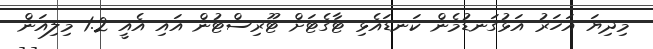
މިދިޔަ އަހަރު އަޅުގަނޑުމެން ކަނޑައެޅި ޓާގެޓަށް ޓޫރިސްޓުން އައި އެއީ 1.2 މިލިއަން